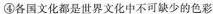
④各国文化都是世界文化中不可缺少的色彩